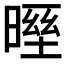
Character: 𣉓